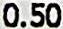
0.50